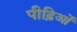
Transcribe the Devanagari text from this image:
पीढ़िओं